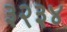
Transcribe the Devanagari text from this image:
३२३४